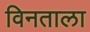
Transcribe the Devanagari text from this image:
विनताला